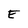
Character: E